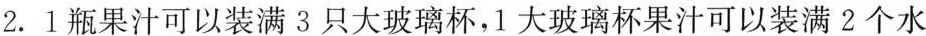
2. 1瓶果汁可以装满3只大玻璃杯，1大玻璃杯果汁可以装满2个水